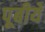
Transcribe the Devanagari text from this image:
पूबीये